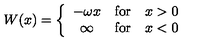
W ( x ) = \left\{ \begin{array} { c l l } { - \omega x } & { \mathrm { f o r } } & { x > 0 } \\ { \infty } & { \mathrm { f o r } } & { x < 0 } \\ \end{array} \right.